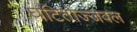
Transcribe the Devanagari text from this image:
घटितोज्जवल